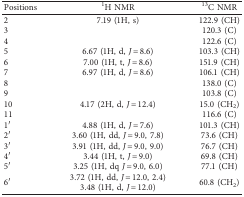
| Positions | 1H NMR | 13C NMR |
 | --- | --- | --- |
 | 2 | 7.19 (1H, s) | 122.9 (CH) |
 | 3 |  | 120.3 (C) |
 | 4 |  | 122.6 (C) |
 | 5 | 6.67 (1H, d, J = 8.6) | 103.3 (CH) |
 | 6 | 7.00 (1H, t, J = 8.6) | 151.9 (CH) |
 | 7 | 6.97 (1H, d, J = 8.6) | 106.1 (CH) |
 | 8 |  | 138.0 (C) |
 | 9 |  | 103.8 (C) |
 | 10 | 4.17 (2H, d, J = 12.4) | 15.0 (CH2) |
 | 11 |  | 116.6 (C) |
 | 1′ | 4.88 (1H, d, J = 7.6) | 101.3 (CH) |
 | 2′ | 3.60 (1H, dd, J = 9.0, 7.8) | 73.6 (CH) |
 | 3′ | 3.91 (1H, dd, J = 9.0, 9.0) | 76.7 (CH) |
 | 4′ | 3.44 (1H, t, J = 9.0) | 69.8 (CH) |
 | 5′ | 3.25 (1H, dq J = 9.0, 6.0) | 77.1 (CH) |
 | <ROWSPAN=2> 6′ | 3.72 (1H, dd, J = 12.0, 2.4) | <ROWSPAN=2> 60.8 (CH2) |
 | 3.48 (1H, d, J = 12.0) |